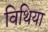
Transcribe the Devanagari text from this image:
विथिया